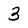
Character: 3